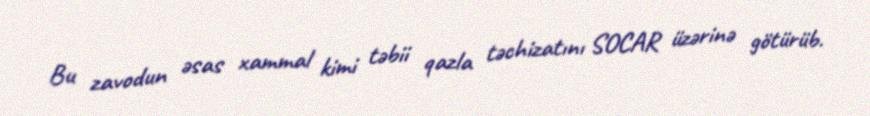
Bu zavodun əsas xammal kimi təbii qazla təchizatını SOCAR üzərinə götürüb.